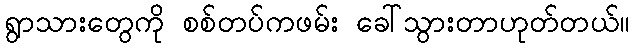
ရွာသားတွေကို စစ်တပ်ကဖမ်း ခေါ်သွားတာဟုတ်တယ်။